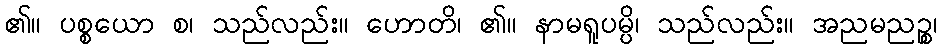
၏။ ပစ္စယော စ၊ သည်လည်း။ ဟောတိ၊ ၏။ နာမရူပမ္ပိ၊ သည်လည်း။ အညမညဉ္စ၊